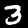
Digit: 3